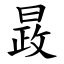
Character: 晸